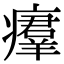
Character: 㿏